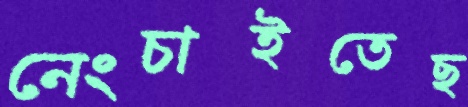
নেংচাইতেছ